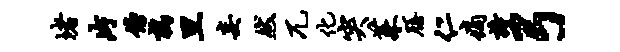
堵片傍鹑旦妄然兀化突茱膳仁痛诗弓